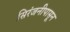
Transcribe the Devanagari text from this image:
सिरंजनीपासून